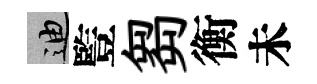
迪䜿芻衡未